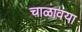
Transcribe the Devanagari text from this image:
चाळावया